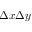
\Delta x \Delta y